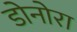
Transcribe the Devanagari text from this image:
डोनोरा